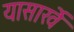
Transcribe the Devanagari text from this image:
यासार्खे